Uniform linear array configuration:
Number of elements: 16
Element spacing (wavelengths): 0.75
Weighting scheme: cosine
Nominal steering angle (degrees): -45
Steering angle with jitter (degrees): -43.494
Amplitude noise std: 0.05
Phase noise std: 0.05

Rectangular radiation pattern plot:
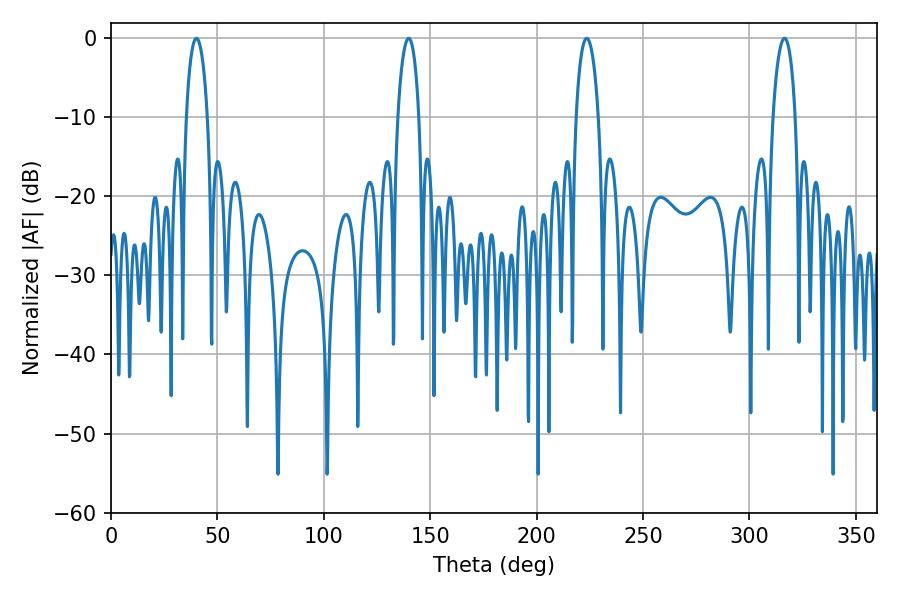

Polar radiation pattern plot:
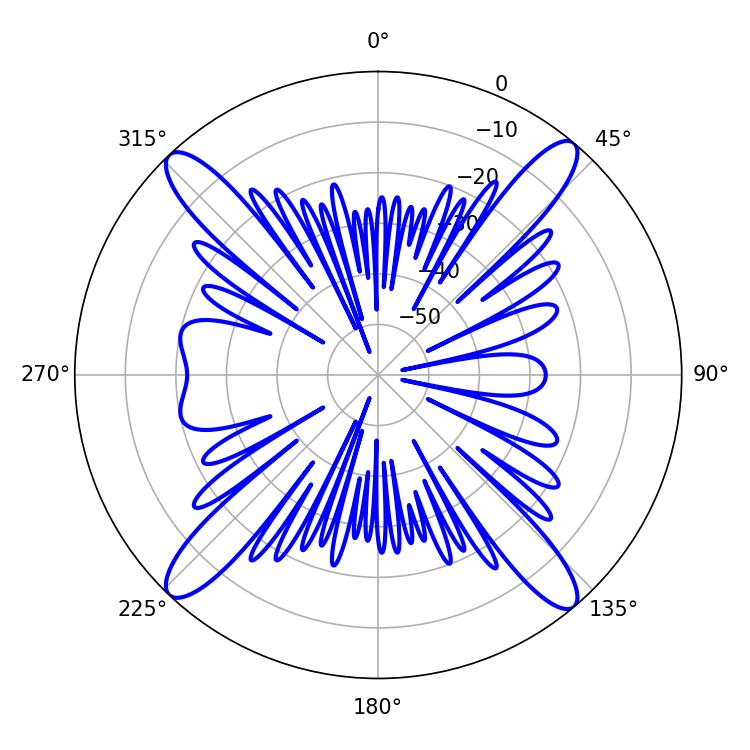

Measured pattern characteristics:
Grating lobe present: TRUE
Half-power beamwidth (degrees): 5.58
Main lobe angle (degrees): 40.14